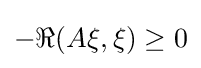
\displaystyle {-\Re (A\xi ,\xi )\geq 0}